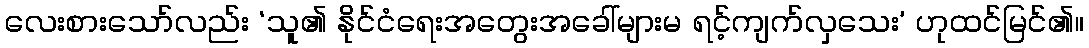
လေးစားသော်လည်း ‘သူ၏ နိုင်ငံရေးအတွေးအခေါ်များမ ရင့်ကျက်လှသေး’ ဟုထင်မြင်၏။